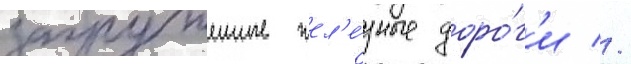
загруженные жел'е́зные доро́г'и //